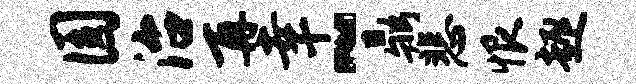
圆治再幸~鼎悲恨趣